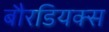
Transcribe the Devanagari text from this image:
बौरडियक्स